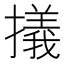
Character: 㩘